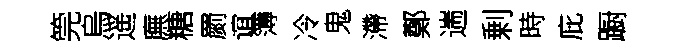
筦烏遥廡糖罽谊簿冷鬼滯鄭遄剰時庇蹰